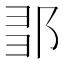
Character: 𨛃